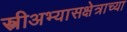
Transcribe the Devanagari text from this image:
स्त्रीअभ्यासक्षेत्राच्या